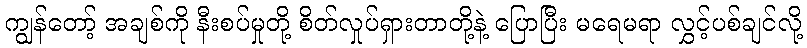
ကျွန်တော့် အချစ်ကို နီးစပ်မှုတို့ စိတ်လှုပ်ရှားတာတို့နဲ့ ပြောပြီး မရေမရာ လွှင့်ပစ်ချင်လို့